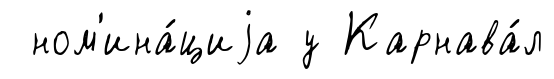
ном'ина́циjа у Карнава́л